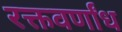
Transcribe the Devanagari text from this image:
रक्तवर्णांध